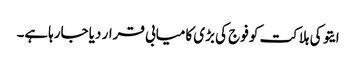
ایتو کی ہلاکت کو فوج کی بڑی کامیابی قرار دیا جارہاہے۔